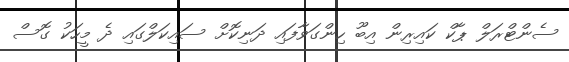
ސެންޓްރަލް ޕާކް ކައިރިން އިބޫ ހިންގަވާފައި ދަނިކޮށް ސައިކަލްގައި ދެ މީހަކު ގޮސް